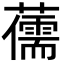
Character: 𮒯